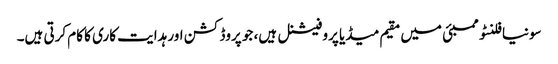
سونیا فلنٹو ممبئی میں مقیم میڈیا پروفیشنل ہیں، جو پروڈکشن اور ہدایت کاری کا کام کرتی ہیں۔